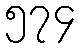
၅၇၄